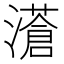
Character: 濸